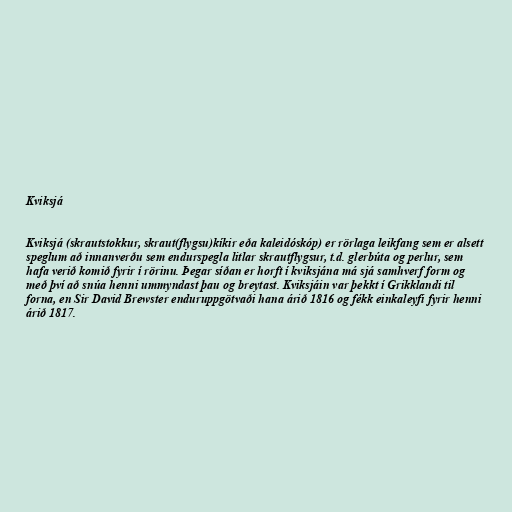
Kviksjá

Kviksjá (skrautstokkur, skraut(flygsu)kíkir eða kaleidóskóp) er rörlaga leikfang sem er alsett
speglum að innanverðu sem endurspegla litlar skrautflygsur, t.d. glerbúta og perlur, sem
hafa verið komið fyrir í rörinu. Þegar síðan er horft í kviksjána má sjá samhverf form og
með því að snúa henni ummyndast þau og breytast. Kviksjáin var þekkt í Grikklandi til
forna, en Sir David Brewster enduruppgötvaði hana árið 1816 og fékk einkaleyfi fyrir henni
árið 1817.